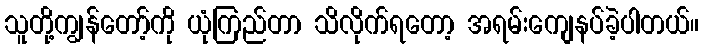
သူတို့ကျွန်တော့်ကို ယုံကြည်တာ သိလိုက်ရတော့ အရမ်းကျေနပ်ခဲ့ပါတယ်။